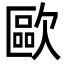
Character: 歐